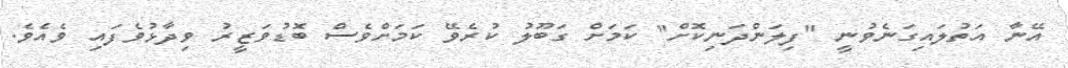
އޭނާ އަތުލައިގަނެވުނީ "ފިލަންދަނިކޮށް" ކަމަށް ގަބޫލު ކުރެވޭ ކަމަށްވެސް ބޮޑުވަޒީރު ވިދާޅުވެފައި ވެއެވެ.